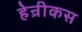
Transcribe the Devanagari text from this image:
हेन्रीकस